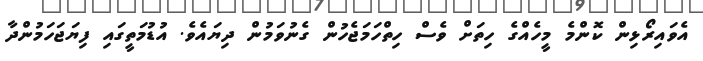
އެވައިރޯޅިން ކޮންމެ މީހެއްގެ ހިތަށް ވެސް ހިތްހަމަޖެހުން ގެނުވަމުން ދިޔައެވެ. އުޑުމަތީގައި ފިޔަޖަހަމުންދާ